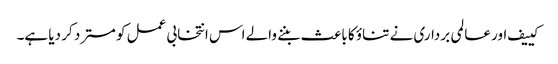
کییف اور عالمی برداری نے تناؤ کا باعث بننے والے اس انتخابی عمل کو مسترد کر دیا ہے۔